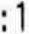
:1